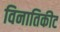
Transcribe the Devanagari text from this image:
विनातिकीट